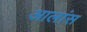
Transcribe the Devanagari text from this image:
आलांस